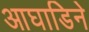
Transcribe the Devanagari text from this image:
आघाडिने